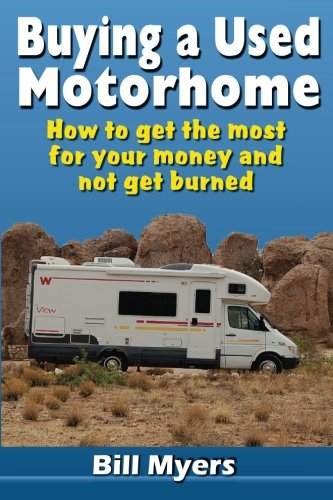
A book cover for Buying a Used Motorhome - How to get the most for your money and not get burned; Mr Bill Myers; Sports & Outdoors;